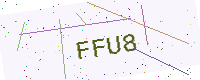
Text: FFU8